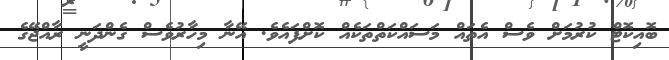
ބޮއިކޮޓް ކުރުމަށް ވެސް އެތައް މަސައްކަތްތަކެއް ކޮށްފައެވެ. އޭނާ މިހާރުވެސް ގެންދަނީ ރާއްޖޭގެ